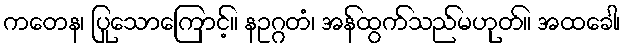
ကတေန၊ ပြုသောကြောင့်။ နဥဂ္ဂတံ၊ အန်ထွက်သည်မဟုတ်။ အထခေါ၊